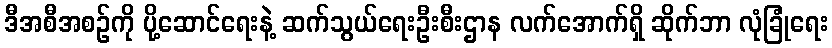
ဒီအစီအစဉ်ကို ပို့ဆောင်ရေးနဲ့ ဆက်သွယ်ရေးဦးစီးဌာန လက်အောက်ရှိ ဆိုက်ဘာ လုံခြုံရေး